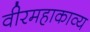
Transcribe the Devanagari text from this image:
वीरमहाकाव्य